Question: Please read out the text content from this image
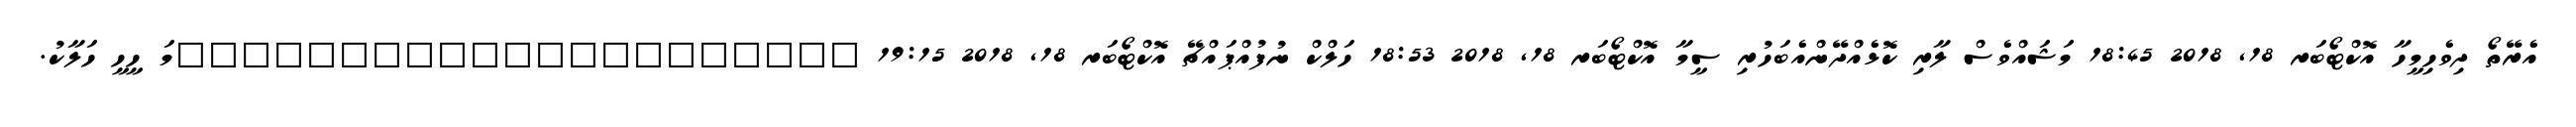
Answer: އެރޭތޯ ދިވެހިމީހާ އޮކްޓޯބަރ 18, 2018 18:45 މަޝައްވެސް ލާރި ކޮޅެއްދޭންއެބަހުރި ސީމާ އޮކްޓޯބަރ 18, 2018 18:53 ހަލްކް ނުފުއްޕައްޗޭ އޮކްޓޯބަރ 18, 2018 19:15 ?????????????????????މަ ހީހީ ހަލާކު.